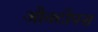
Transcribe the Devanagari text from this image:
औक्टोपस